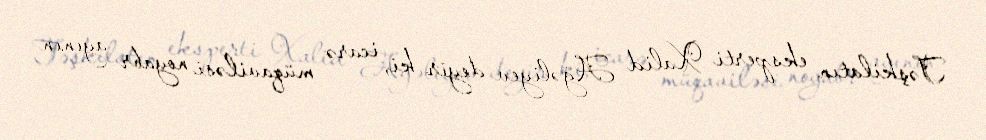
Təşkilatın eksperti Xalid Ağəliyev deyir ki, icarə müqaviləsi noyabr ayının